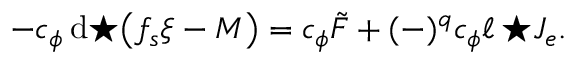
- c _ { \phi } \, \mathrm { d } { \star \! \left( f _ { s } \xi - { \cal M } \right) } = c _ { \phi } \tilde { F } + ( - ) ^ { q } c _ { \phi } \ell \, { \star { \cal J } _ { e } } .